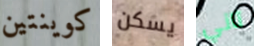
كوينتين يسكن تاني